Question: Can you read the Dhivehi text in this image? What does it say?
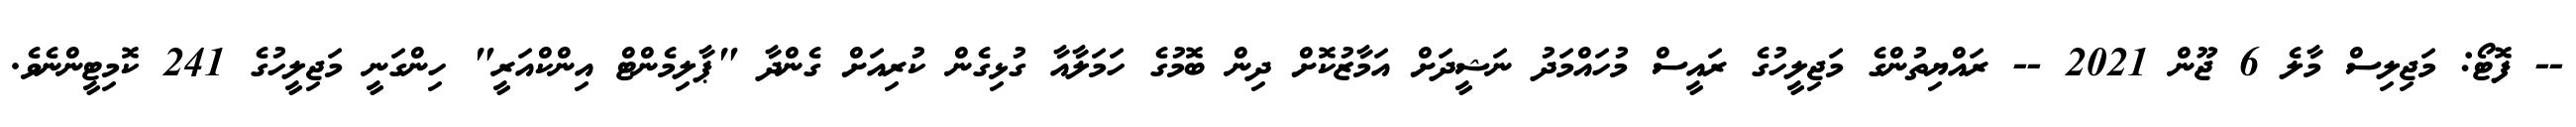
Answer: -- ފޮޓޯ: މަޖިލިސް މާލެ 6 ޖޫން 2021 -- ރައްޔިތުންގެ މަޖިލީހުގެ ރައީސް މުހައްމަދު ނަޝީދަށް އަމާޒުކޮށް ދިން ބޮމުގެ ހަމަލާއާ ގުޅިގެން ކުރިއަށް ގެންދާ "ޕާލިމެންޓް އިންކްއަރީ" ހިންގަނީ މަޖިލީހުގެ 241 ކޮމިޓީންނެވެ.